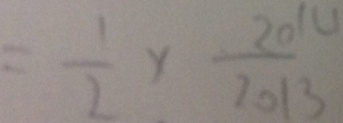
= \frac { 1 } { 2 } \times \frac { 2 0 1 4 } { 2 0 1 3 }